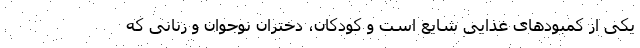
یکی از کمبودهای غذایی شایع است و کودکان، دختران نوجوان و زنانی که